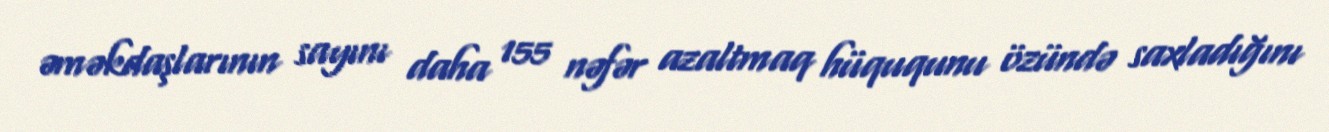
əməkdaşlarının sayını daha 155 nəfər azaltmaq hüququnu özündə saxladığını